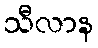
သီလာန